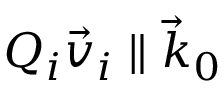
Q _ { i } \vec { v } _ { i } \parallel \vec { k } _ { 0 }